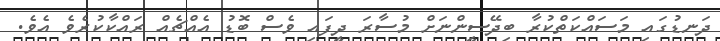
ދަނޑުގައި މަސައްކަތްކުރާ ބިދޭސީންނަށް މުސާރަ ދީފައި ވެސް ބޮޑު އެއްޗެއް ރައްކާކުރެވެ އެވެ.